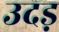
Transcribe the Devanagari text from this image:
उदड़